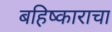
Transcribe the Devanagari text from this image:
बहिष्काराचा